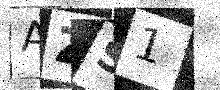
Text: AZS1